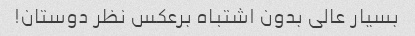
بسیار عالی بدون اشتباه برعکس نظر دوستان!